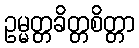
ဥမ္မတ္တခိတ္တစိတ္တာ